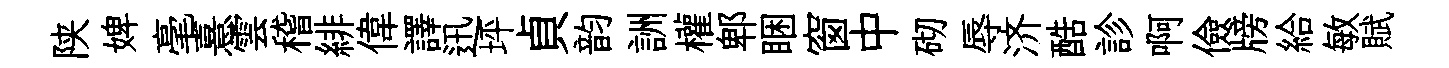
陕婢毫憙雲稽緋偉譯迅坪貞韵詶權郫睏窗中砌辱济酷診啊儉牓給敏賦